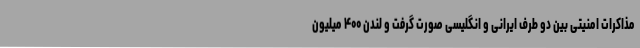
مذاکرات امنیتی بین دو طرف ایرانی و انگلیسی صورت گرفت و لندن ۴۰۰ میلیون